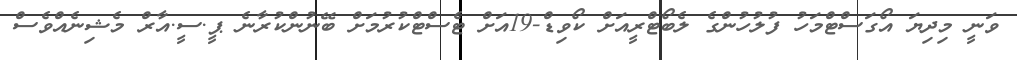
ވަނީ މިދިޔަ އޯގަސްޓްމަހު ފުލުހުންގެ ލެބޯޓްރީއަށް ކޯވިޑް-19އަށް ޓެސްޓްކުރުމަށް ބޭނުންކުރާނެ ޕީ.ސީ.އާރް މެޝިނެއްވެސް